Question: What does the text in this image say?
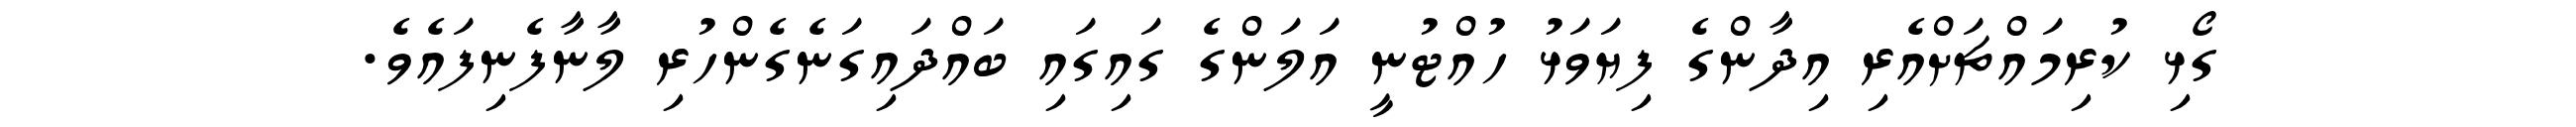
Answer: ގޯޅި ކުރިމައްޗަށްއެރި އިދާންގެ ފިޔަވަޅު ހުއްޓުނީ އަލަންގެ ގައިގައި ބައްދައިގަނެގެންހުރި ލާނާފެނިފައެވެ.